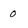
Character: 0